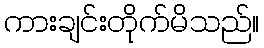
ကားချင်းတိုက်မိသည်။